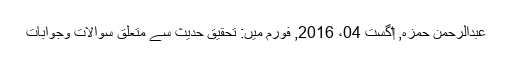
عبدالرحمن حمزہ, ‏اگست 04، 2016, فورم میں: تحقیق حدیث سے متعلق سوالات وجوابات